Document type: Emphyteutic lease
Year: 1274
Scribe: Pere Marquès
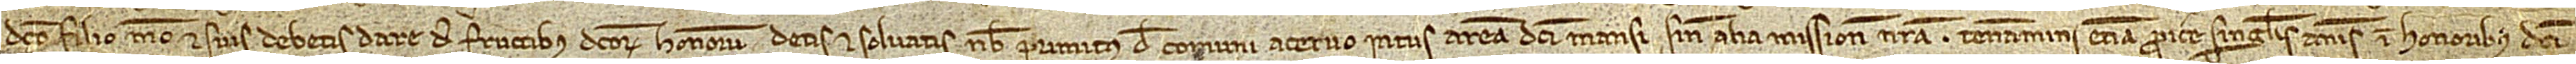
dicto filio meo et suis debetis dare de fructibus dictorum honorum detis et solvatis nobis primitus de comuni acervo intus aream dicti mansi, sine alia missione nostra. Teneamini etiam proicere singulis annis in honoribus dicti